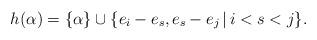
LaTeX: \begin{align*} h(\alpha) = \{\alpha\} \cup \{e_i-e_s, e_s-e_j \, | \, i < s < j \}.\end{align*}